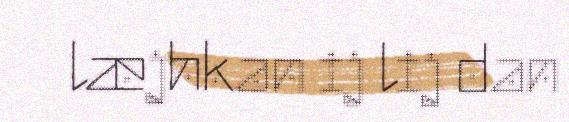
læjhkan ij lij dan